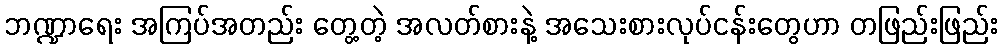
ဘဏ္ဍာရေး အကြပ်အတည်း တွေ့တဲ့ အလတ်စားနဲ့ အသေးစားလုပ်ငန်းတွေဟာ တဖြည်းဖြည်း